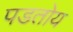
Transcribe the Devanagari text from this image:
पडतोय